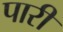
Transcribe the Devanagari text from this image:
पारीं